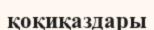
қоқиқаздары